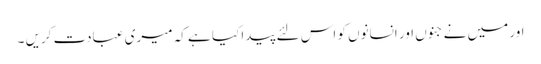
اور میں نے جنوں اور انسانوں کو اس لئے پیدا کیا ہے کہ میری عبادت کریں ۔